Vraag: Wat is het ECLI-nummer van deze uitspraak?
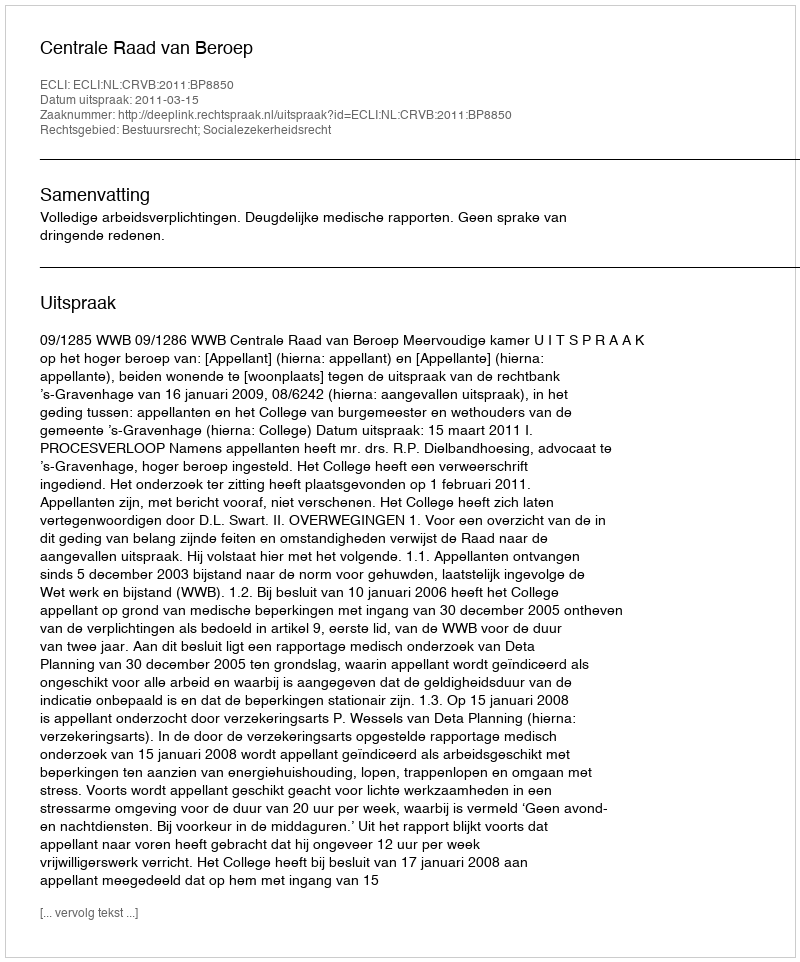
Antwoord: ECLI:NL:CRVB:2011:BP8850